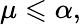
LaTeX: \mu\leqslant\alpha,